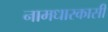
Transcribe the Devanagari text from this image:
नामधारकासी